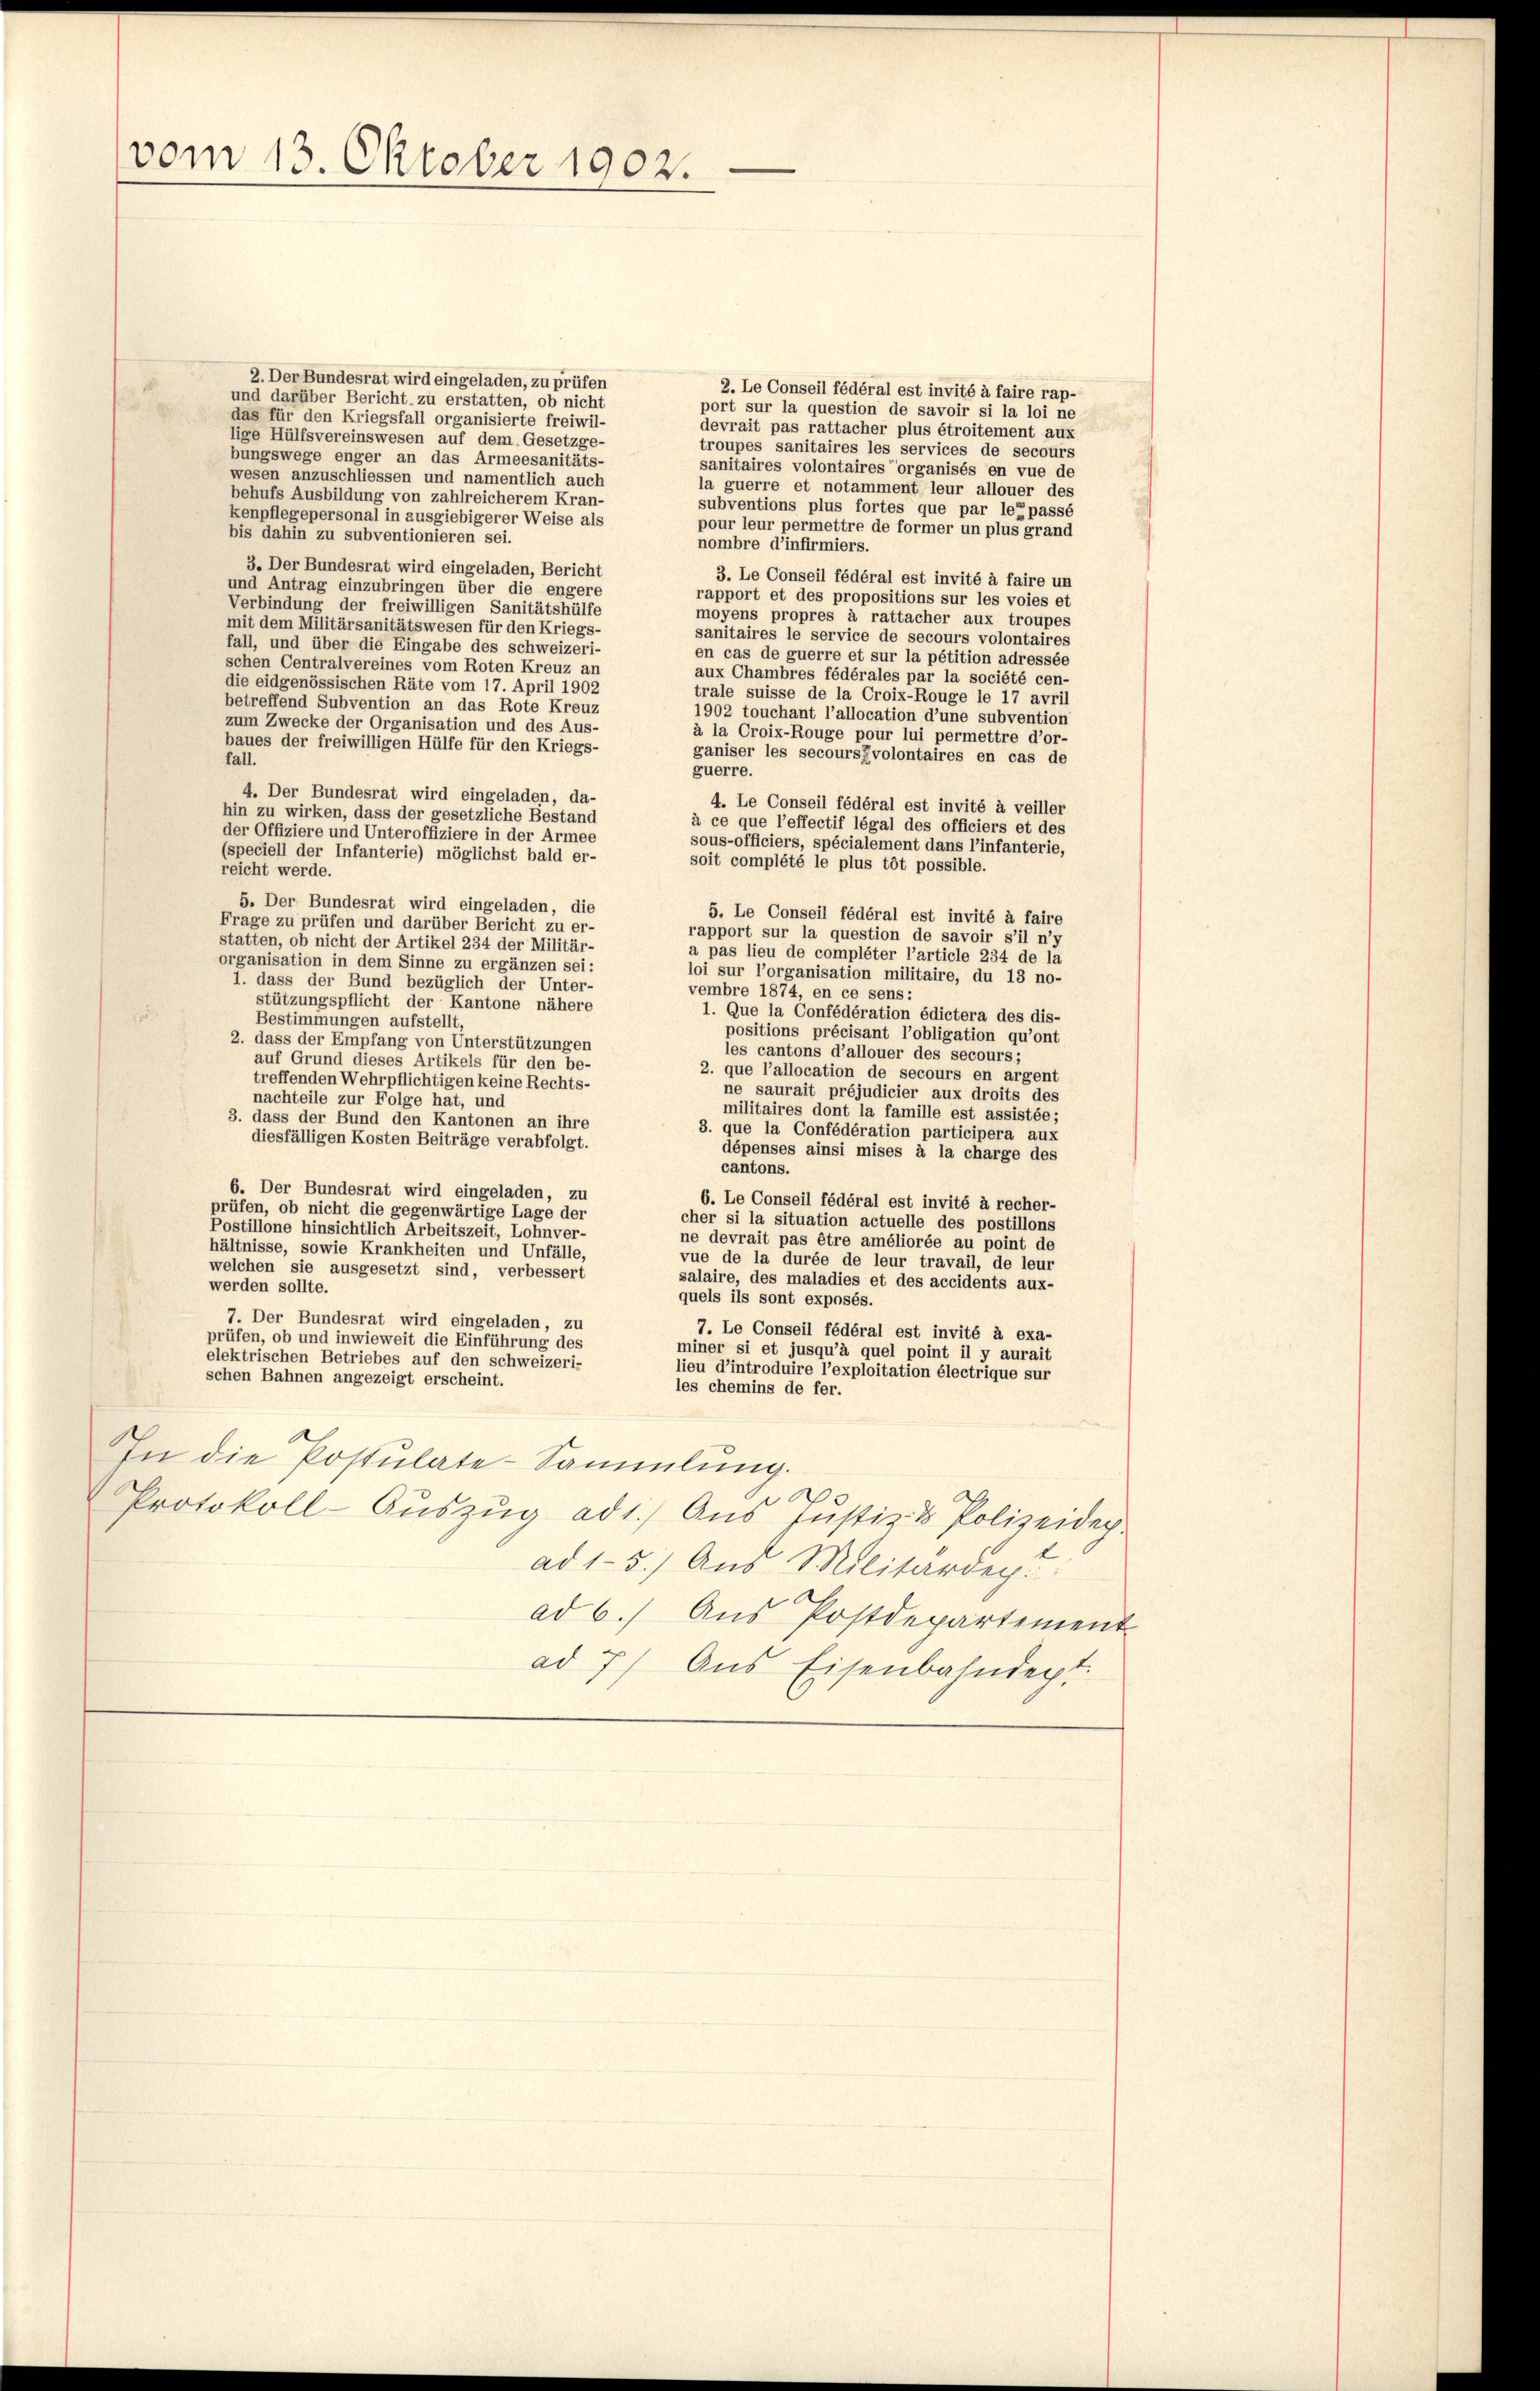
vom 13. Oktober 1902.

2. Der Bundesrat wird eingeladen, zu prüfen
2. Le Conseil fédéral est invité à faire rap-
und darüber Bericht zu erstatten, ob nicht
port sur la question de savoir si la loi ne
das für den Kriegsfall organisierte freiwil-
devrait pas rattacher plus étroitement aux
lige Hülfsvereinswesen auf dem Gesetzge-
troupes sanitaires les services de secours
bungswege enger an das Armeesanitäts-
sanitaires volontaires organisés en vue de
wesen anzuschliessen und namentlich auch
la guerre et notamment leur allouer des
behufs Ausbildung von zahlreicherem Kran-
subventions plus fortes que par les passé
kenpflegepersonal in ausgiebigerer Weise als
pour leur permettre de former un plus grand
bis dahin zu subventionieren sei.
nombre d’infirmiers.
3. Der Bundesrat wird eingeladen, Bericht
3. Le Conseil fédéral est invité à faire un
und Antrag einzubringen über die engere
rapport et des propositions sur les voies et
Verbindung der freiwilligen Sanitätshülfe
moyens propres à rattacher aux troupes
mit dem Militärsanitätswesen für den Kriegs-
sanitaires le service de secours volontaires
fall, und über die Eingabe des schweizeri-
en cas de guerre et sur la pétition adressée
schen Centralvereines vom Roten Kreuz an
aux Chambres fédérales par la société cen-
die eidgenössischen Räte vom 17. April 1902
trale suisse de la Croix-Rouge le 17 avril
betreffend Subvention an das Rote Kreuz
1902 touchant l’allocation d’une subvention
zum Zwecke der Organisation und des Aus-
à la Croix-Rouge pour lui permettre d’or-
baues der freiwilligen Hülfe für den Kriegs-
ganiser les secours volontaires en cas de
fall.
guerre.
4. Der Bundesrat wird eingeladen, da-
4. Le Conseil fédéral est invité à veiller
hin zu wirken, dass der gesetzliche Bestand
à ce que l’effectif légal des officiers et des
der Offiziere und Unteroffiziere in der Armee
sous-officiers, spécialement dans l’infanterie,
(speciell der Infanterie) möglichst bald er-
soit complété le plus tôt possible.
reicht werde.
5. Der Bundesrat wird eingeladen, die
5. Le Conseil fédéral est invité à faire
Frage zu prüfen und darüber Bericht zu er-
rapport sur la question de savoir s’il n’y
statten, ob nicht der Artikel 234 der Militär-
a pas lieu de compléter l’article 234 de la
organisation in dem Sinne zu ergänzen sei:
loi sur l’organisation militaire, du 13 no-
1. dass der Bund bezüglich der Unter-
vembre 1874, en ce sens:
stützungspflicht der Kantone nähere
1. Que la Confédération édictera des dis-
Bestimmungen aufstellt,
positions précisant l’obligation qu’ont
2. dass der Empfang von Unterstützungen
les cantons d’allouer des secours;
auf Grund dieses Artikels für den be-
2. que l’allocation de secours en argent
treffenden Wehrpflichtigen keine Rechts-
ne saurait préjudicier aux droits des
nachteile zur Folge hat, und
militaires dont la famille est assistée;
3. dass der Bund den Kantonen an ihre
3. que la Confédération participera aux
diesfälligen Kosten Beiträge verabfolgt.
dépenses ainsi mises à la charge des
cantons.
6. Der Bundesrat wird eingeladen, zu
6. Le Conseil fédéral est invité à recher-
prüfen, ob nicht die gegenwärtige Lage der
cher si la situation actuelle des postillons
Postillone hinsichtlich Arbeitszeit, Lohnver-
ne devrait pas être améliorée au point de
hältnisse, sowie Krankheiten und Unfälle,
vue de la durée de leur travail, de leur
welchen sie ausgesetzt sind, verbessert
salaire, des maladies et des accidents aux-
werden sollte.
quels ils sont exposés.
7. Der Bundesrat wird eingeladen, zu
7. Le Conseil fédéral est invité à exa-
prüfen, ob und inwieweit die Einführung des
miner si et jusqu’à quel point il y aurait
elektrischen Betriebes auf den schweizeri-
lieu d’introduire l’exploitation électrique sur
schen Bahnen angezeigt erscheint.
les chemins de fer.
In die Postulate-Sammlung.
e
Protokoll-Auszug ad 1.) Aus Justiz & Polizeider
ad 1. 31. Auge der eine er einer eine
ad 6. Aus Postdepartement
ad 7) Aus Eisenbahndert.